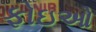
ફોઇઓ